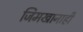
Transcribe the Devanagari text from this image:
जिमखानाही